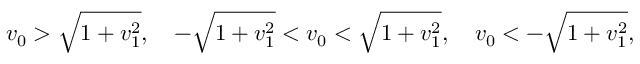
v _ { 0 } > \sqrt { 1 + v _ { 1 } ^ { 2 } } , ~ ~ ~ - \sqrt { 1 + v _ { 1 } ^ { 2 } } < v _ { 0 } < \sqrt { 1 + v _ { 1 } ^ { 2 } } , ~ ~ ~ v _ { 0 } < - \sqrt { 1 + v _ { 1 } ^ { 2 } } ,